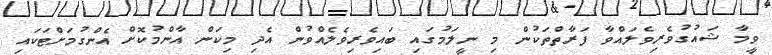
ވީމާ ޝައުގުވެރިވެލައްވާ ފަރާތްތަކުން މި ނީލަމުގައި ބައިވެރިވެލެއްވުން އެދި މިކަން އާންމުކޮށް އެންގުމަށްޓަކައި